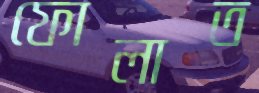
ফোলাত